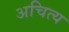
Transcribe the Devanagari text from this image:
अचित्य